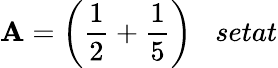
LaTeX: \mathbf{A}={\bigg(}{\frac{{1}}{{2}}}+{\frac{{1}}{{5}}}{\bigg)}\; \; \; setat